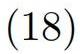
$(18)$